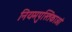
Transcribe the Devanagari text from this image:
नियमपुस्तिकाओं